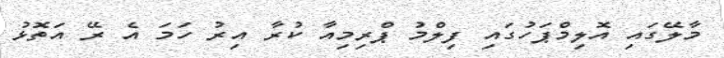
މާލޭގައި އޮލިމްޕަހުގައި ފިލްމު ޕްރިމިއާ ކުރާ އިރު ހަމަ އެ ރޭ އަތޮޅު